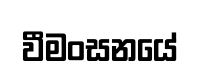
වීමංසනයේ